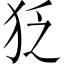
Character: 𤝑